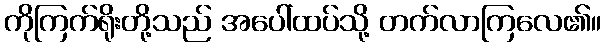
ကိုကြက်ရိုးတို့သည် အပေါ်ထပ်သို့ တက်လာကြလေ၏။